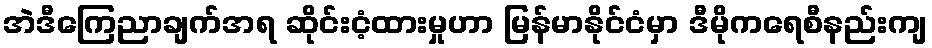
အဲဒီကြေညာချက်အရ ဆိုင်းငံ့ထားမှုဟာ မြန်မာနိုင်ငံမှာ ဒီမိုကရေစီနည်းကျ